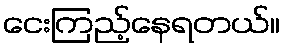
ငေးကြည့်နေရတယ်။